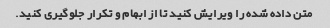
متن داده شده را ویرایش کنید تا از ابهام و تکرار جلوگیری کنید.